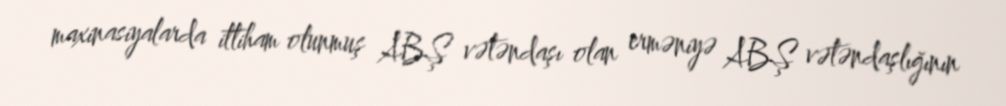
maxinasiyalarda ittiham olunmuş ABŞ vətəndaşı olan erməniyə ABŞ vətəndaşlığının